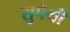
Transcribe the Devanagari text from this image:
सुपैथी